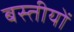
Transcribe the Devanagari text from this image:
बस्तीयों